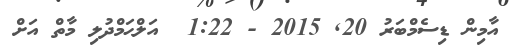
އާމިން ޑިސެމްބަރު 20